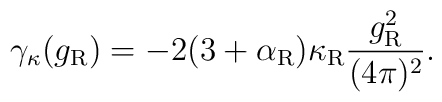
\gamma_\kappa(g_{\rm R}) =-2(3+\alpha_{\rm R})\kappa_{\rm R}   \frac{g_{\rm R}^2}{(4\pi)^2}.